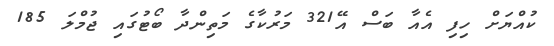
ކުއްޔަށް ހިފި އެއާ ބަސް އޭ321 މަރުކާގެ މަތިންދާ ބޯޓުގައި ޖުމްލަ 185